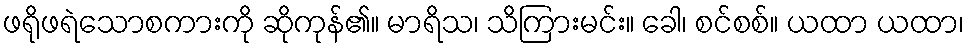
ဖရိုဖရဲသောစကားကို ဆိုကုန်၏။ မာရိသ၊ သိကြားမင်း။ ခေါ၊ စင်စစ်။ ယထာ ယထာ၊